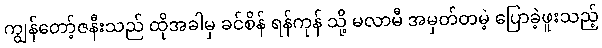
ကျွန်တော့်ဇနီးသည် ထိုအခါမှ ခင်စိန် ရန်ကုန် သို့ မလာမီ အမှတ်တမဲ့ ပြောခဲ့ဖူးသည့်